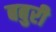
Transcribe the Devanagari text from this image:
बबुरी